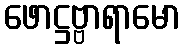
ဖောဋ္ဌဗ္ဗာရာမော